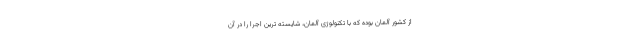
از کشور آلمان بوده که با تکنولوژی آلمان، شایسته ترین اجرا را در آن